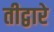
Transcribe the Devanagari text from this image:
तीद्वारे